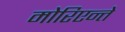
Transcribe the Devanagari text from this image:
मोरिएन्ते